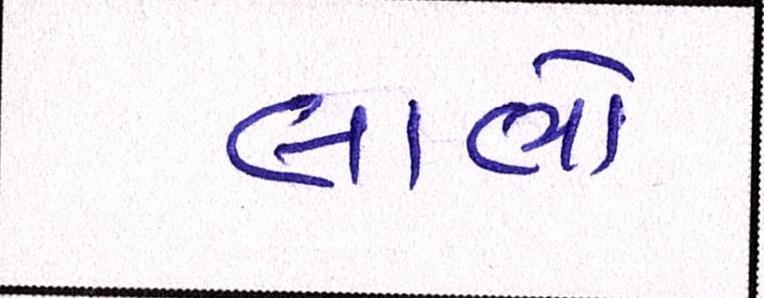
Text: લાભો